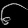
Digit: ၆